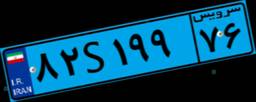
۸۲S۱۹۹۷۶